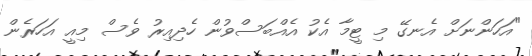
"އަހަންނަށް އެނގޭ މި ޓީމާ އެކު އެއްބަސްވުން ހެދިއިރު ވެސް މިއީ އަހަރެން